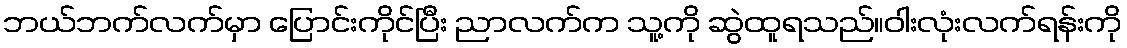
ဘယ်ဘက်လက်မှာ ပြောင်းကိုင်ပြီး ညာလက်က သူ့ကို ဆွဲထူရသည်။ဝါးလုံးလက်ရန်းကို